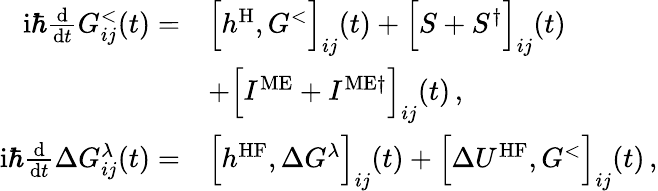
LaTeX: \begin{array}{rl}{\mathrm{i}\hbar\frac{\mathrm{d}}{\mathrm{d}t}G_{ij}^{<}(t)=}&{\Big[h^{\mathrm{H}},G^{<}\Big]_{ij}(t)+\Big[S+S^{\dagger}\Big]_{ij}(t)}\\ &{+\Big[I^{\mathrm{ME}}+I^{\mathrm{ME}\dagger}\Big]_{ij}(t)\, ,}\\ {\mathrm{i}\hbar\frac{\mathrm{d}}{\mathrm{d}t}\Delta G_{ij}^{\lambda}(t)=}&{\Big[h^{\mathrm{HF}},\Delta G^{\lambda}\Big]_{ij}(t)+\Big[\Delta U^{\mathrm{HF}},G^{<}\Big]_{ij}(t)\, ,}\end{array}